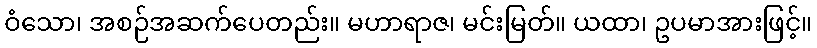
ဝံသော၊ အစဉ်အဆက်ပေတည်း။ မဟာရာဇ၊ မင်းမြတ်။ ယထာ၊ ဥပမာအားဖြင့်။